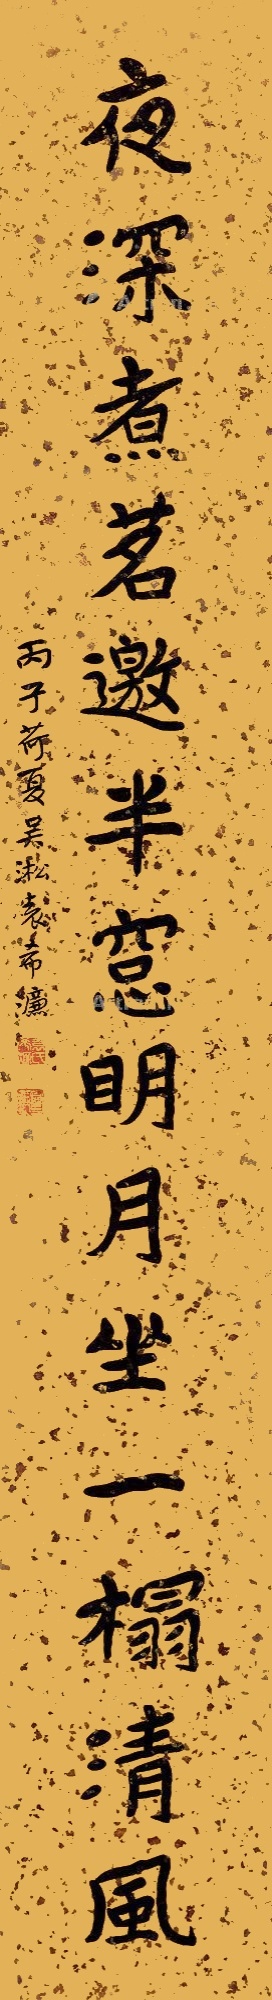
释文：夜深煮茗，邀半窗明月，坐一榻清风。丙子荷夏，吴淞袁希濂。